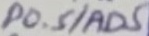
Text: P0.5/AD5